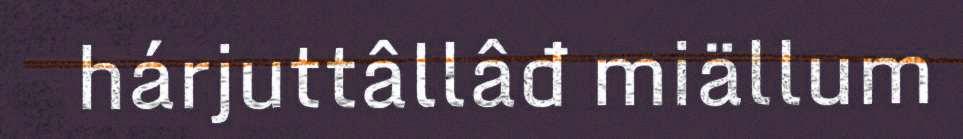
hárjuttâllâđ miällum